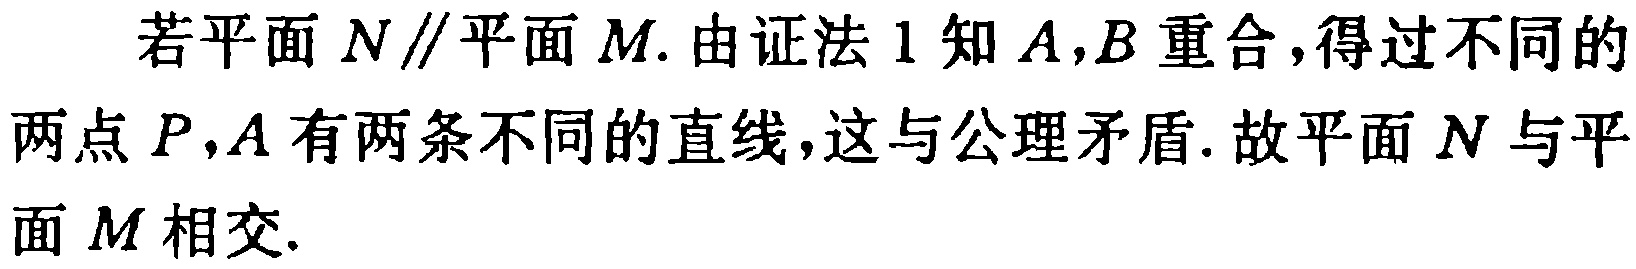
若平面 \(N\parallel\)平面 \(M\). 由证法 1 知 \(A,B\) 重合，得过不同的两点 \(P,A\) 有两条不同的直线，这与公理矛盾. 故平面 \(N\) 与平面 \(M\) 相交.